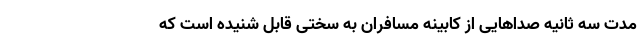
مدت سه ثانیه صداهایی از کابینه مسافران به سختی قابل شنیده است که